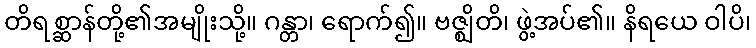
တိရစ္ဆာန်တို့၏အမျိုးသို့။ ဂန္တာ၊ ရောက်၍။ ဗဇ္ဈိတိ၊ ဖွဲ့အပ်၏။ နိရယေ ဝါပိ၊